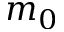
m _ { 0 }